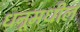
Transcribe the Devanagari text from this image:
धनूमधील